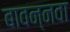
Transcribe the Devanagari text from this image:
बावन्नवा